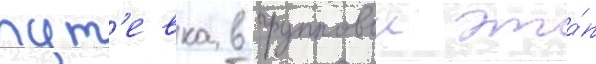
пут'евка в групповои эта́п